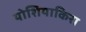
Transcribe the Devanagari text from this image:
योशियाकिरा